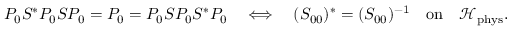
P _ { 0 } S ^ { * } P _ { 0 } S P _ { 0 } = P _ { 0 } = P _ { 0 } S P _ { 0 } S ^ { * } P _ { 0 } \quad \Longleftrightarrow \quad ( S _ { 0 0 } ) ^ { * } = ( S _ { 0 0 } ) ^ { - 1 } \quad \mathrm { o n } \quad \mathcal { H } _ { \mathrm { p h y s } } .